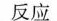
反应